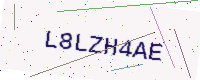
Text: L8LZH4AE